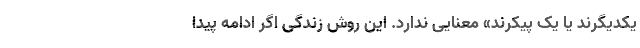
یکدیگرند یا یک پیکرند» معنایی ندارد. این روش زندگی اگر ادامه پیدا